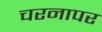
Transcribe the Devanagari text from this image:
चरनापर